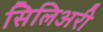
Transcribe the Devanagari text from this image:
सिलिअरी